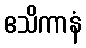
ဧသိကာနံ